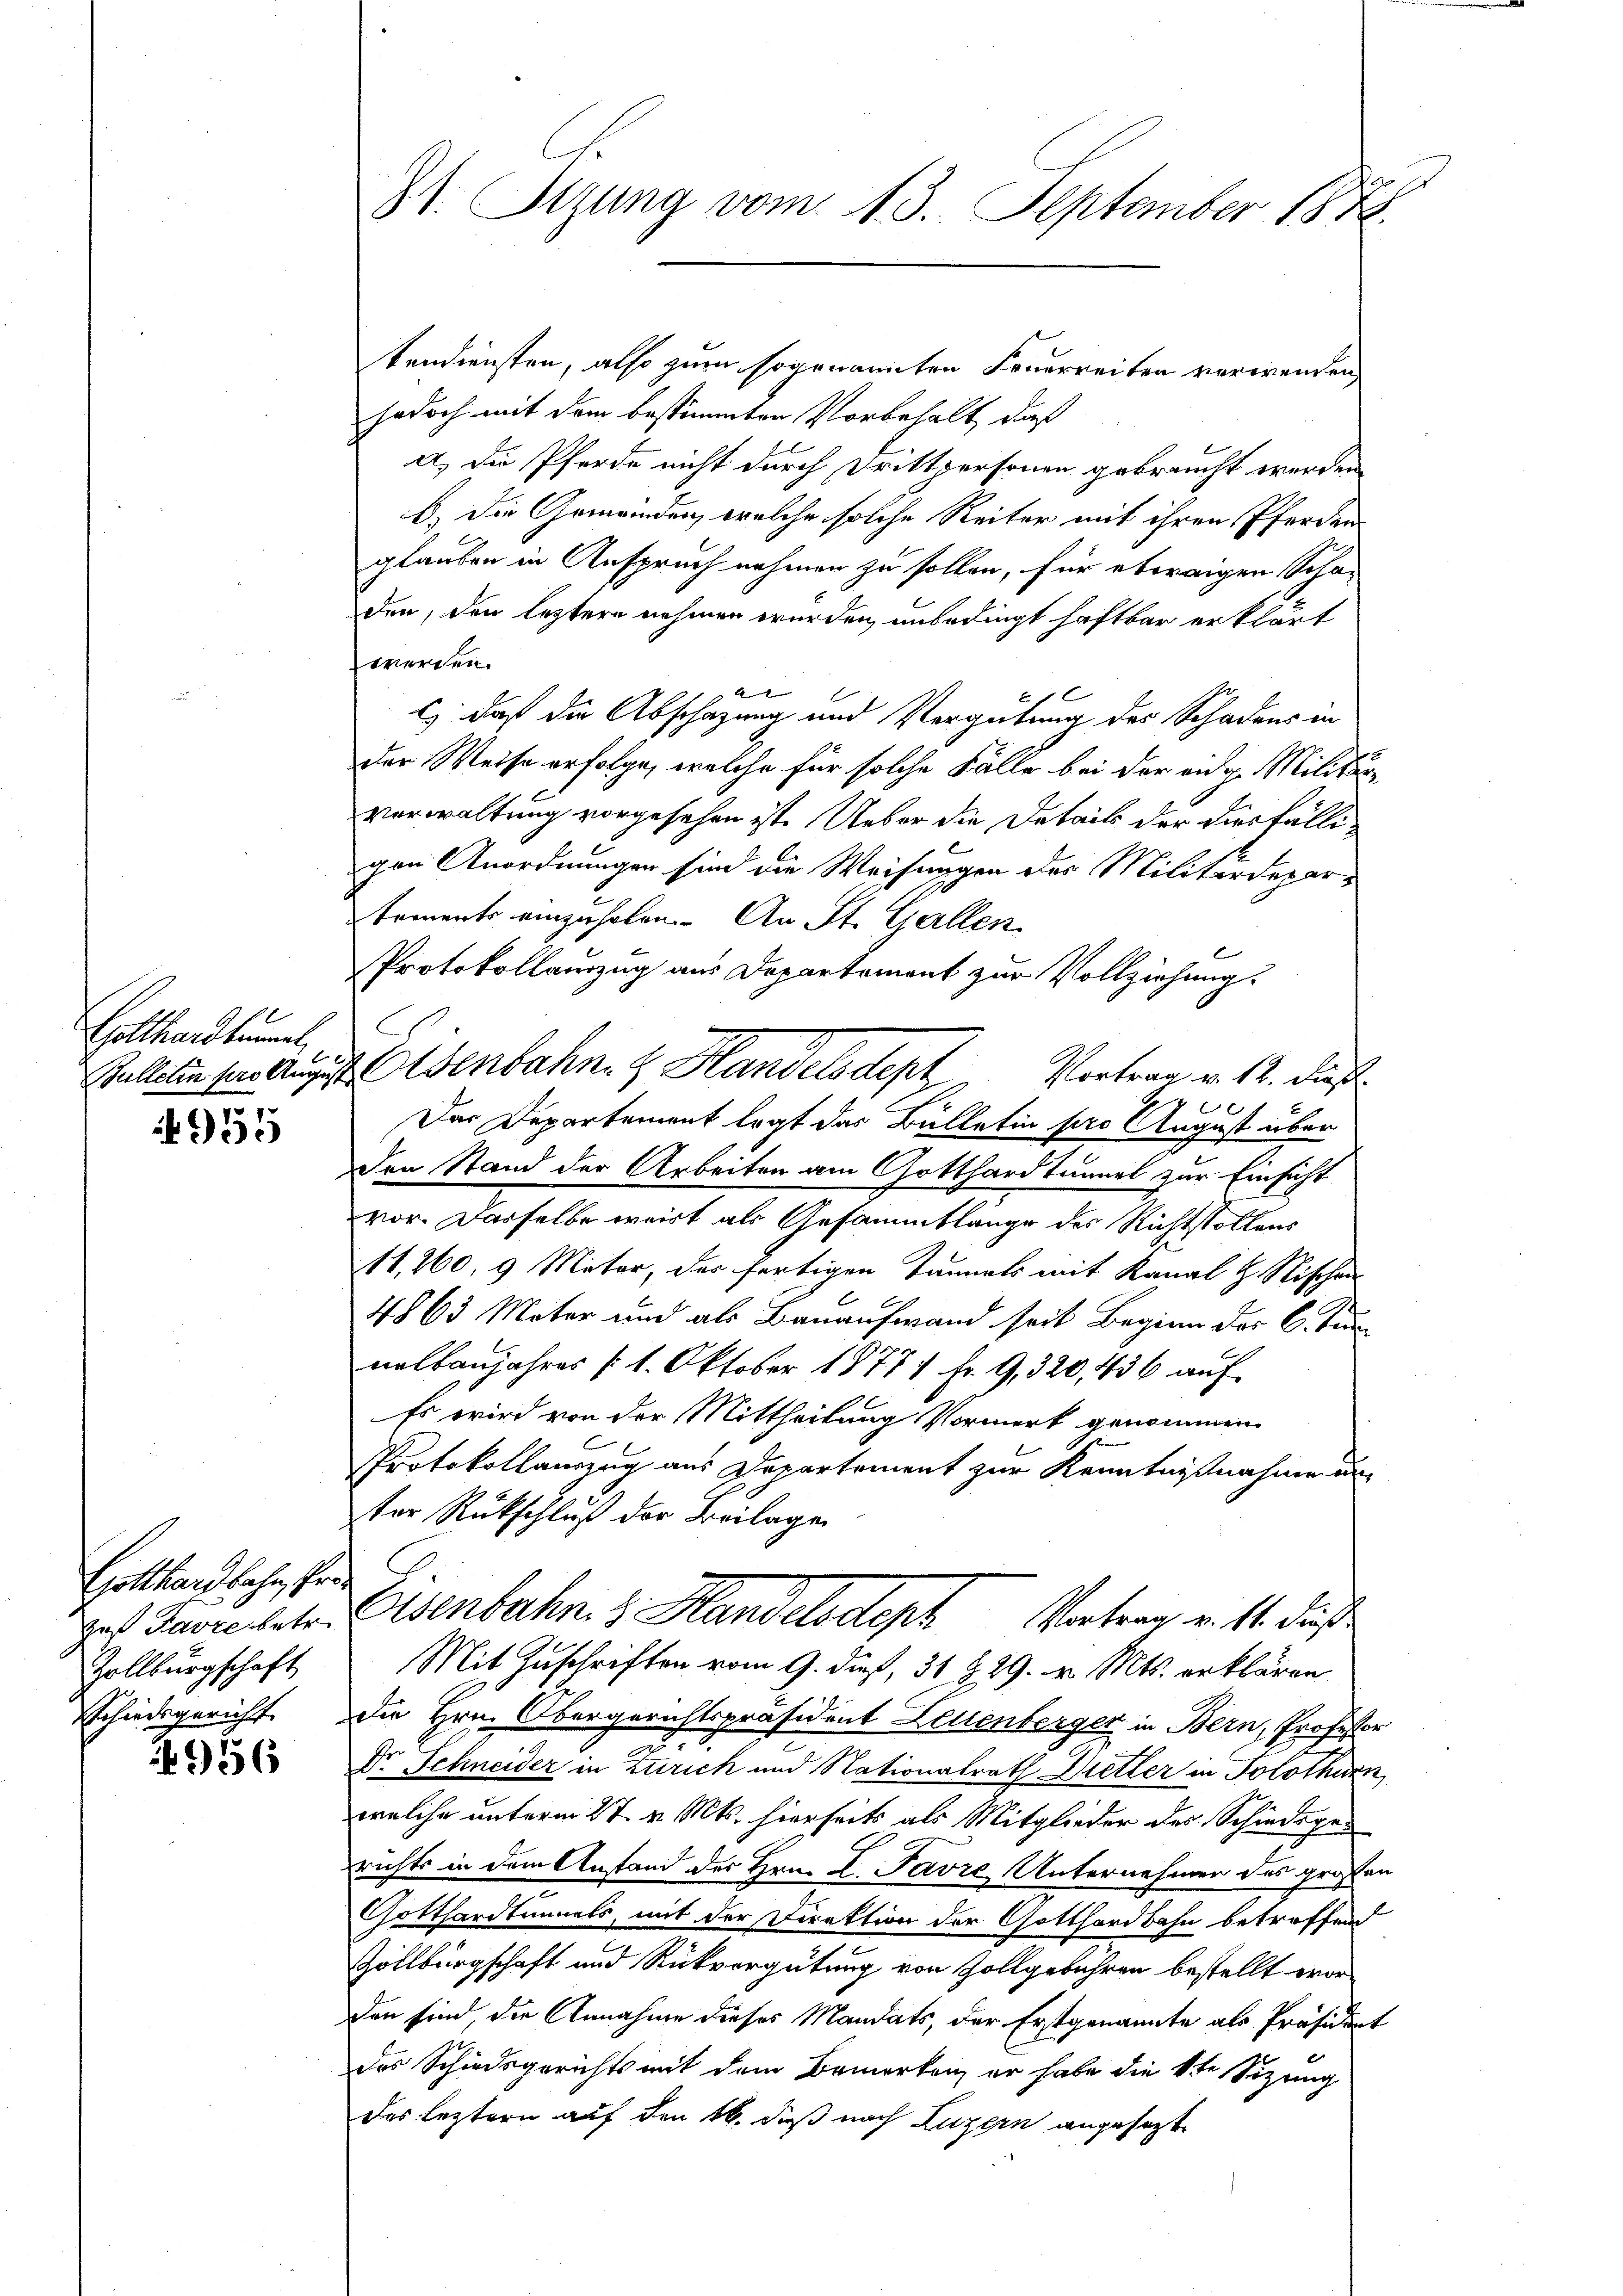
Gotthardbunal,
1

935

Gotthardbahn, Prodas Favre betr.
Zollbürgschaft
Eschiedsgericht

956

St. Sizung vom 13. September 1878.

tendiensten, also zum sogenannten Feuerreiten verwenden,
jedoch mit dem bestimmten Vorbehalt, daß
a.) Die Pferde nicht durch Drittpersonen gebraucht werden
b) Die Gemeinden, welche solche Reiter mit ihren Pferden
glauben in Anspruch nehmen zu sollen, für etwaigen Schaden, den leztere nehmen wurden, unbedingt haftbar erklärt
werden.
A
C
Es daß die Abschazung und Vergütung des Schadens in
der Weise erfolge, welche für solche Fälle bei der eidg. Militärvorwaltung vorgesehen ist. Ueber die Details der diesfälligen Anordnungen sind die Weisungen des Militärdepartements einzuholen. An St. Gallen
Protokollauszug aus Departement zur Vollziehung.
Zalliten für August Eisenbahne Handelsdept Vortrag v. 12. dieß
Das Departement legt das Bülletin pro August über
den Stand der Arbeiten am Gotthardtunnel zur Einsicht
vor. Dasselbe weist als Gesammtlänge des Richtstollens
11,260, 9 Mater, der fertigen Tunnels mit Kanal Z Nischen
4863 Mater und als Bauaufwand seit Beginn des C. Tun
nalbaujahres (1. Oktober 18771 fr. 9, 320, 436 auf
Es wird von der Mittheilung Vormerk genommen
Protokollauszug aus Departement zur Kenntnißnahme un
tor Rückschluß der Beilage
Eisenbahn. 3. Handels desh
Vortrag v. 11. dieß
Mit Zuschriften vom 9. dieß, 31 § 29. v. Mts. erklären
die Hrn. Obergerichtspräsident Lettenberger in Bern, Professor
Dr. Schneider in Zürich und Nationalrath Wietler in Solothurn
welche unterm 27. v. Mts. hierseits als Mitglieder des Schiedsgerichts in dem Anstand des Hrn. L. Favre Unternehmen des großen
Gotthardtunnels, mit der Direktion der Gotthardbahn betreffend
Zollbürgschaft und Rückvergütung von Zollgebühren bestellt worden sind, die Annahme dieses Mandats, der Erstgenannte als Präsident
des Schiedsgerichts mit dem Bemerken, er habe die 1te Sitzung
das leztern auf den 16. daß nach Luzern angesagt